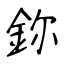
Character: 鉨